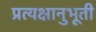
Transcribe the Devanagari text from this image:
प्रत्यक्षानुभूती